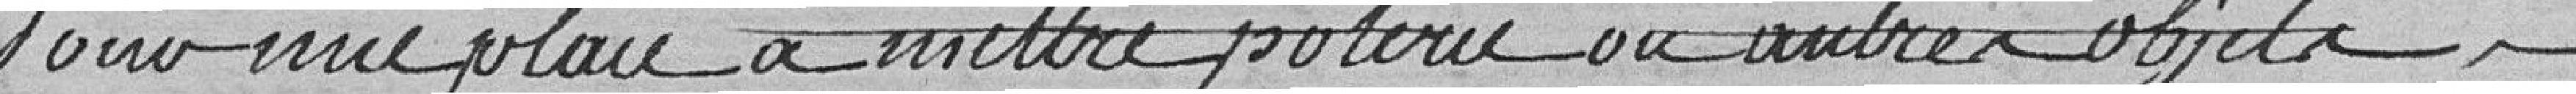
Pour une place à mettre poterie ou autres objets